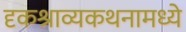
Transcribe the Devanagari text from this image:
दृकश्राव्यकथनामध्ये